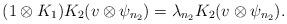
LaTeX: \begin{align*}(1\otimes K_1)K_2 (v\otimes \psi_{n_2}) = \lambda_{n_2} K_2 (v\otimes \psi_{n_2}).\end{align*}